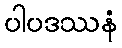
ပါပဒဿနံ